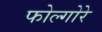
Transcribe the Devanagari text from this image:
फोल्गोरे